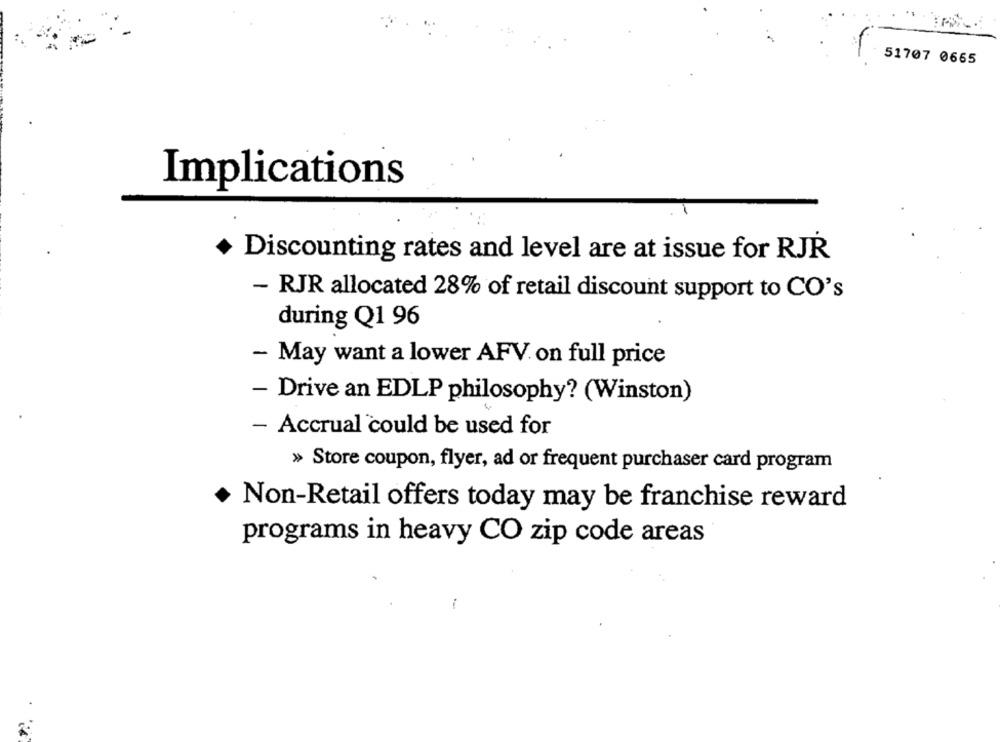
51707 0665
Implications
Discounting rates and level are at issue for RJR
- RJR allocated 28% of retail discount support to CO's
during Q1 96
- May want a lower AFV. on full price
- Drive an EDLP philosophy? (Winston)
- Accrual could be used for
» Store coupon, flyer, ad or frequent purchaser card program
Non-Retail offers today may be franchise reward
programs in heavy CO zip code areas